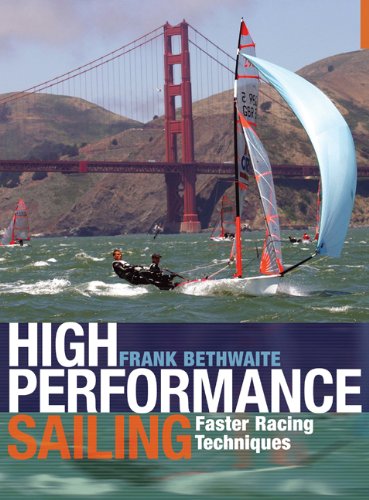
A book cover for High Performance Sailing: Faster Racing Techniques; Frank Bethwaite; Sports & Outdoors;